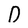
Character: D